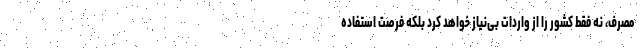
مصرف، نه فقط کشور را از واردات بی‌نیاز خواهد کرد بلکه فرصت استفاده